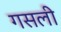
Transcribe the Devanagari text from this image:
गसली